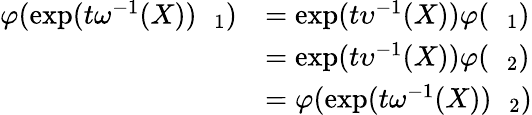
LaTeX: \begin{array}{rl}{\varphi(\exp(t\omega^{-1}(X))\mathscr{g}_{1})}&{=\exp(t\upsilon^{-1}(X))\varphi(\mathscr{g}_{1})}\\ &{=\exp(t\upsilon^{-1}(X))\varphi(\mathscr{g}_{2})}\\ &{=\varphi(\exp(t\omega^{-1}(X))\mathscr{g}_{2})}\end{array}